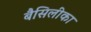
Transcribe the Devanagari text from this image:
बैसिलीका